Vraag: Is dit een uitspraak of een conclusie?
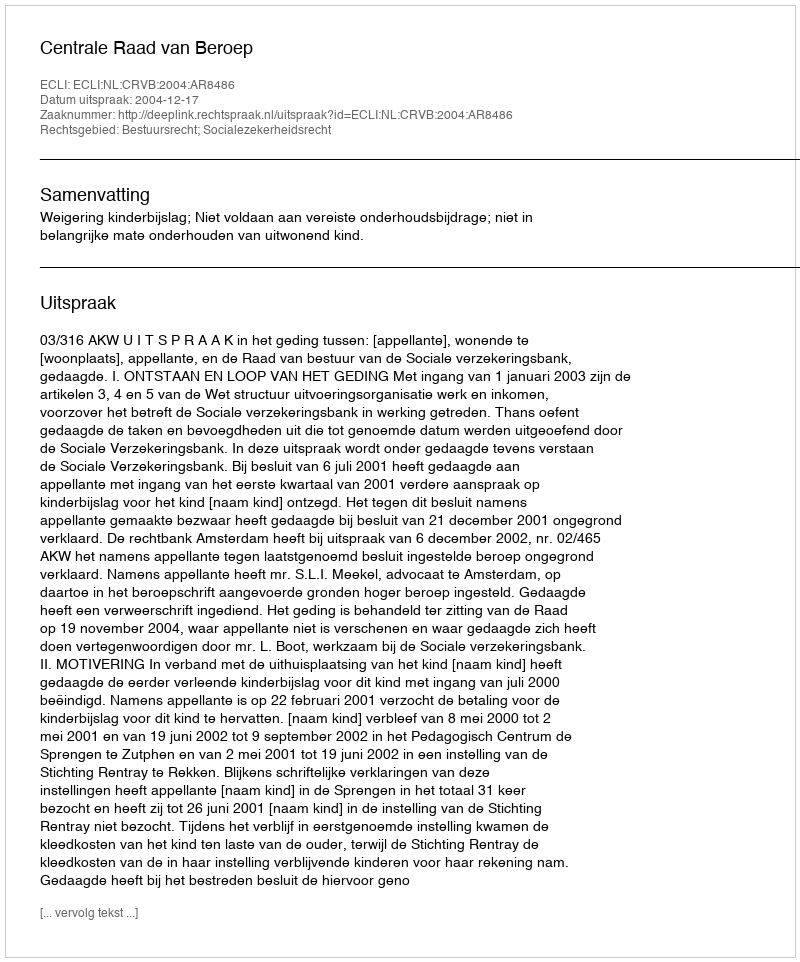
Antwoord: Uitspraak